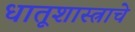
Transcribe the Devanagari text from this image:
धातूशास्त्राचे